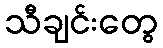
သီချင်းတွေ